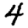
Digit: 4